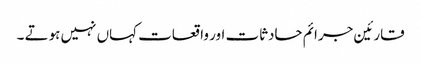
قارئین جرائم حادثات اور واقعات کہاں نہیں ہوتے ۔